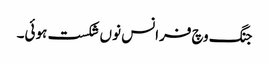
جنگ وچ فرانس نوں شکست ہوئی۔